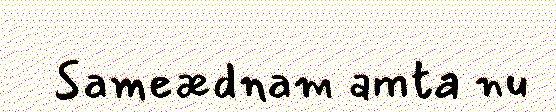
Sameædnam amta nu